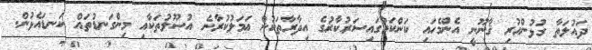
ދައުލަތާ ގުޅުންހުރި ޤާނޫނީ އެންމެހައި ކަންކަމުގައިސަރުކާރުގެ އިދާރާތަކުން ޢަމަލުކުރާނެ އުޞޫލުތަކާއި މިންގަނޑުތައް ކަނޑައެޅުން.